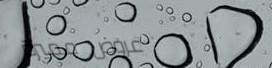
عروض مميزة